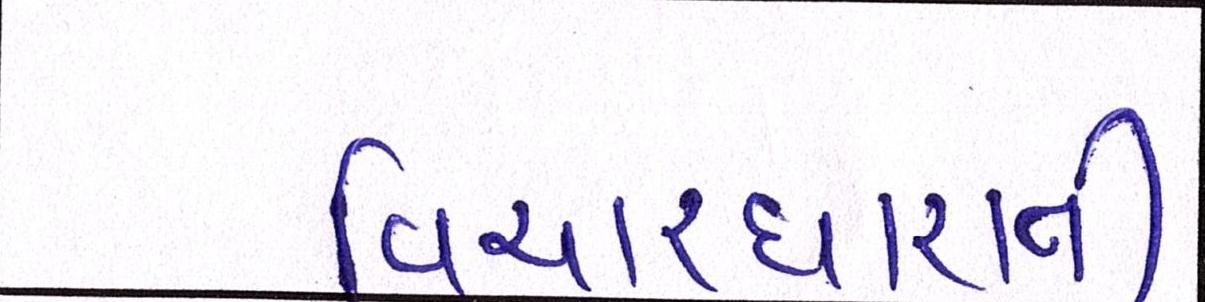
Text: વિચારધારાની